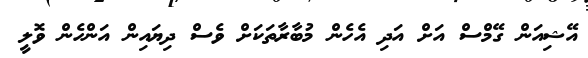
އޭޝިއަން ގޭމްސް އަށް އަދި އެހެން މުބާރާތަކަށް ވެސް ދިޔައިން އަންހެން ވޮލީ